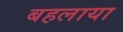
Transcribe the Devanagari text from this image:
बहलाया